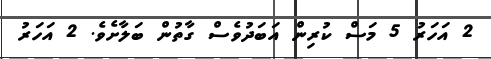
2 އަހަރު 5 މަސް ކުރިން އަބަދުވެސް ގާތުން ބަލާށެވެ. 2 އަހަރު